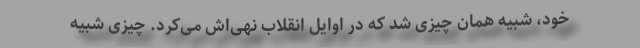
خود، شبیه همان چیزی شد که در اوایل انقلاب نهی‌اش می‌کرد. چیزی شبیه